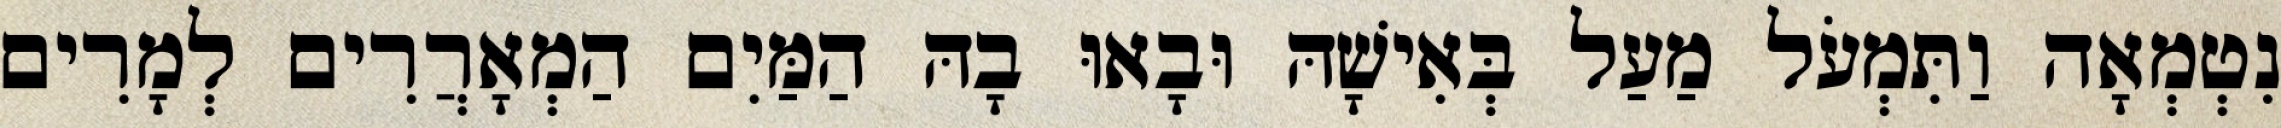
נִטְמְאָה וַתִּמְעֹל מַעַל בְּאִישָׁהּ וּבָאוּ בָהּ הַמַּיִם הַמְאָרֲרִים לְמָרִים